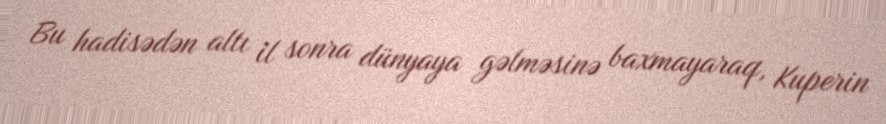
Bu hadisədən altı il sonra dünyaya gəlməsinə baxmayaraq, Kuperin